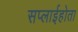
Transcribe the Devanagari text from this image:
सप्लाईहोता